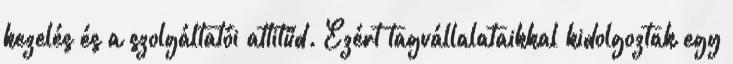
kezelés és a szolgáltatói attitűd. Ezért tagvállalataikkal kidolgoztak egy